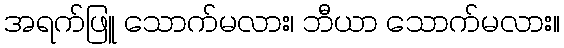
အရက်ဖြူ သောက်မလား၊ ဘီယာ သောက်မလား။